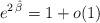
LaTeX: \begin{align*}e^{2 \, \hat \beta} = 1 + o (1)\end{align*}